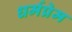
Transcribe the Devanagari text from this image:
धर्मप्रेम